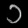
Digit: ၁